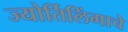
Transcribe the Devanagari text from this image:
ज्‍योर्तिलिंगाचे